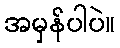
အမှန်ပါပဲ။